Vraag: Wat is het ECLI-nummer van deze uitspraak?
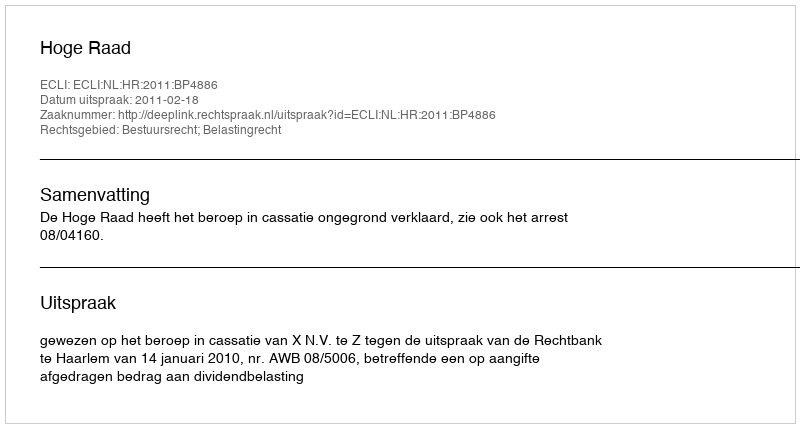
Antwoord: ECLI:NL:HR:2011:BP4886